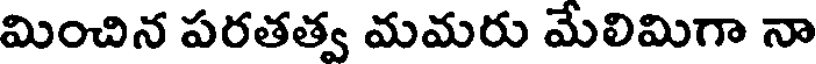
మించిన పరతత్వ మమరు మేలిమిగా నా